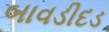
બાવડીદડ